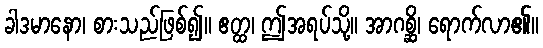
ခါဒမာနော၊ စားသည်ဖြစ်၍။ ဧတ္ထ၊ ဤအရပ်သို့။ အာဂစ္ဆိ၊ ရောက်လာ၏။